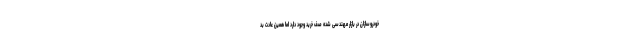
خودروسازان در بازار مهندسی شده صف خرید وجود دارد اما همین عادت بد